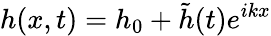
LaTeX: h(x,t)=h_{0}+\tilde{h}(t)e^{ikx}